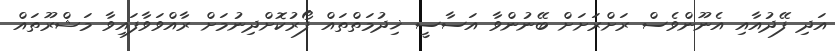
އަދި ފޭދުއާއި އެނޫންވެސް ރަށްރަށަށް ބޭނުންވާ އަސާސީ ޚިދުމަތްތައް ފޯރުކޮށްދިނުމަށް ރާއްވަވާފައިވާ މަޝްރޫތައް